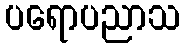
ပရောပညာသ